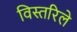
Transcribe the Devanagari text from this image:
विस्तरिले